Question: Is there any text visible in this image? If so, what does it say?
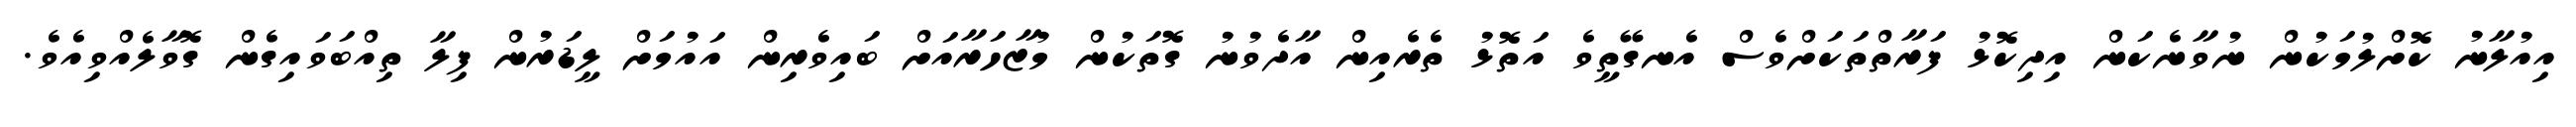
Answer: އިއުލާނު ކޮށްލުމަކުން ނުވާނެކަން އިދިކޮޅު ފަރާތްތަކަށްވެސް އެނގޭތީވެ އަތޮޅު ތެރެއިން އާދެވުނު ގޮތަކުން މުޒާހަރާއަށް ބައިވެރިން އައުމަށް ލީޑަރުން ފިލާ ތިއްބަވައިގެން ގޮވާލެއްވިއެވެ.